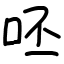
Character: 呸